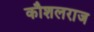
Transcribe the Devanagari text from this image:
कौशलराज